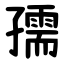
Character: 孺